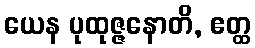
ယေန ပုထုဇ္ဇနောတိ, ဧတ္ထ